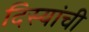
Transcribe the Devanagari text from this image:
दिस्यांची